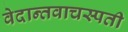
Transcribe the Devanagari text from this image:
वेदान्तवाचस्पती